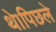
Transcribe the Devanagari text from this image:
थे।पिछले